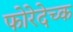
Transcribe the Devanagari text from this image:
फोरेदेच्क